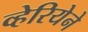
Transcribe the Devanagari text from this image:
व्हेरियेने